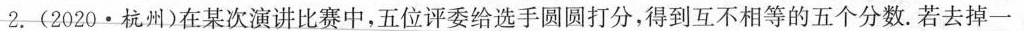
2.(2020·杭州)在某次演讲比赛中，五位评委给选手圆圆打分，得到互不相等的五个分数。若去掉一